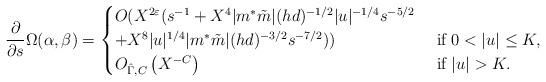
LaTeX: \begin{align*} \frac{\partial}{\partial s} \Omega(\alpha,\beta)= \begin{cases} O(X^{2\varepsilon}(s^{-1}+X^4|m^{\ast}\tilde{m}|(hd)^{-1/2}|u|^{-1/4}s^{-5/2}\\ +X^8|u|^{1/4}|m^{\ast}\tilde{m}|(hd)^{-3/2}s^{-7/2})) & \mbox{ if } 0<|u|\le K, \\O_{\hat\Gamma,C}\left(X^{-C}\right) & \mbox{ if } |u| > K.\end{cases}\end{align*}